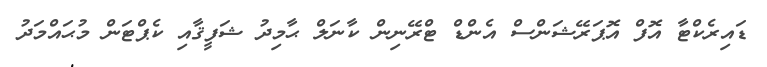
ޑައިރެކްޓާ އޮފް އޮޕަރޭޝަންސް އެންޑް ޓްރޭނިން ކާނަލް ޙާމިދު ޝަފީޤާއި ކެޕްޓަން މުޙައްމަދު